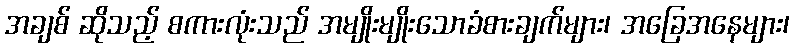
အချစ် ဆိုသည့် စကားလုံးသည် အမျိုးမျိုးသောခံစားချက်များ၊ အခြေအနေများ၊